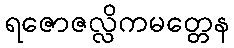
ရဇောဇလ္လိကမတ္တေန